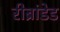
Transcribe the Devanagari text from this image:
रीब्रांडेड